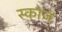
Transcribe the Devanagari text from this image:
स्कोज